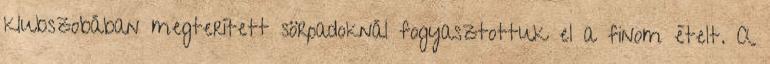
klubszobában megterített sörpadoknál fogyasztottuk el a finom ételt. A